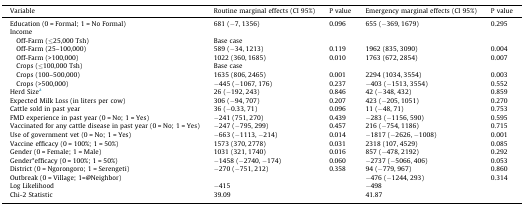
<table><thead><tr><td><b>Variable</b></td><td><b>Routine marginal effects (CI 95%)</b></td><td><b>P value</b></td><td><b>Emergency marginal effects (CI 95%)</b></td><td><b>P value</b></td></tr></thead><tbody><tr><td>Education (0 = Formal; 1 = No Formal)</td><td>681 (−7, 1356)</td><td>0.096</td><td>655 (−369, 1679)</td><td>0.295</td></tr><tr><td>Income</td><td></td><td></td><td></td><td></td></tr><tr><td> Off-Farm (≤25,000 Tsh)</td><td colspan="4">Base case</td></tr><tr><td> Off-Farm (25–100,000)</td><td>589 (−34, 1213)</td><td>0.119</td><td>1962 (835, 3090)</td><td>0.004</td></tr><tr><td> Off-Farm (&gt;100,000)</td><td>1022 (360, 1685)</td><td>0.010</td><td>1763 (672, 2854)</td><td>0.007</td></tr><tr><td> Crops (≤100,000 Tsh)</td><td colspan="4">Base case</td></tr><tr><td> Crops (100–500,000)</td><td>1635 (806, 2465)</td><td>0.001</td><td>2294 (1034, 3554)</td><td>0.003</td></tr><tr><td> Crops (&gt;500,000)</td><td>−445 (−1067, 176)</td><td>0.237</td><td>−403 (−1513, 3554)</td><td>0.552</td></tr><tr><td>Herd Sizea</td><td>26 (−192, 243)</td><td>0.846</td><td>42 (−348, 432)</td><td>0.859</td></tr><tr><td>Expected Milk Loss (in liters per cow)</td><td>306 (−94, 707)</td><td>0.207</td><td>423 (−205, 1051)</td><td>0.270</td></tr><tr><td>Cattle sold in past year</td><td>36 (−0.33, 71)</td><td>0.096</td><td>11 (−48, 71)</td><td>0.753</td></tr><tr><td>FMD experience in past year (0 = No; 1 = Yes)</td><td>−241 (751, 270)</td><td>0.439</td><td>−283 (−1156, 590)</td><td>0.595</td></tr><tr><td>Vaccinated for any cattle disease in past year (0 = No; 1 = Yes)</td><td>−247 (−795, 299)</td><td>0.457</td><td>216 (−754, 1186)</td><td>0.715</td></tr><tr><td>Use of government vet (0 = No; 1 = Yes)</td><td>−663 (−1113, −214)</td><td>0.014</td><td>−1817 (−2626, −1008)</td><td>0.001</td></tr><tr><td>Vaccine efficacy (0 = 100%; 1 = 50%)</td><td>1573 (370, 2778)</td><td>0.031</td><td>2318 (107, 4529)</td><td>0.085</td></tr><tr><td>Gender (0 = Female; 1 = Male)</td><td>1031 (321, 1740)</td><td>0.016</td><td>857 (−478, 2192)</td><td>0.292</td></tr><tr><td>Gender*efficacy (0 = 100%; 1 = 50%)</td><td>−1458 (−2740, −174)</td><td>0.060</td><td>−2737 (−5066, 406)</td><td>0.053</td></tr><tr><td>District (0 = Ngorongoro; 1 = Serengeti)</td><td>−270 (−751, 212)</td><td>0.358</td><td>94 (−779, 967)</td><td>0.860</td></tr><tr><td>Outbreak (0 = Village; 1=@Neighbor)</td><td></td><td></td><td>−476 (−1244, 293)</td><td>0.314</td></tr><tr><td>Log Likelihood</td><td>−415</td><td></td><td>−498</td><td></td></tr><tr><td>Chi-2 Statistic</td><td>39.09</td><td></td><td>41.87</td><td></td></tr></tbody></table>